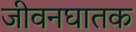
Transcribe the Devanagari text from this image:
जीवनघातक